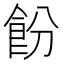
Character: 𬲍